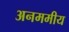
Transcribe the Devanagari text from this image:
अनममीय